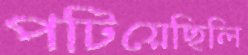
পটিয়েছিলি